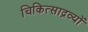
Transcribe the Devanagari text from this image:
चिकित्साद्रव्यों